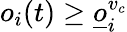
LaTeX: o_{i}(t)\geq\underline{o}_{i}^{v_{c}}